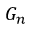
G _ { n }